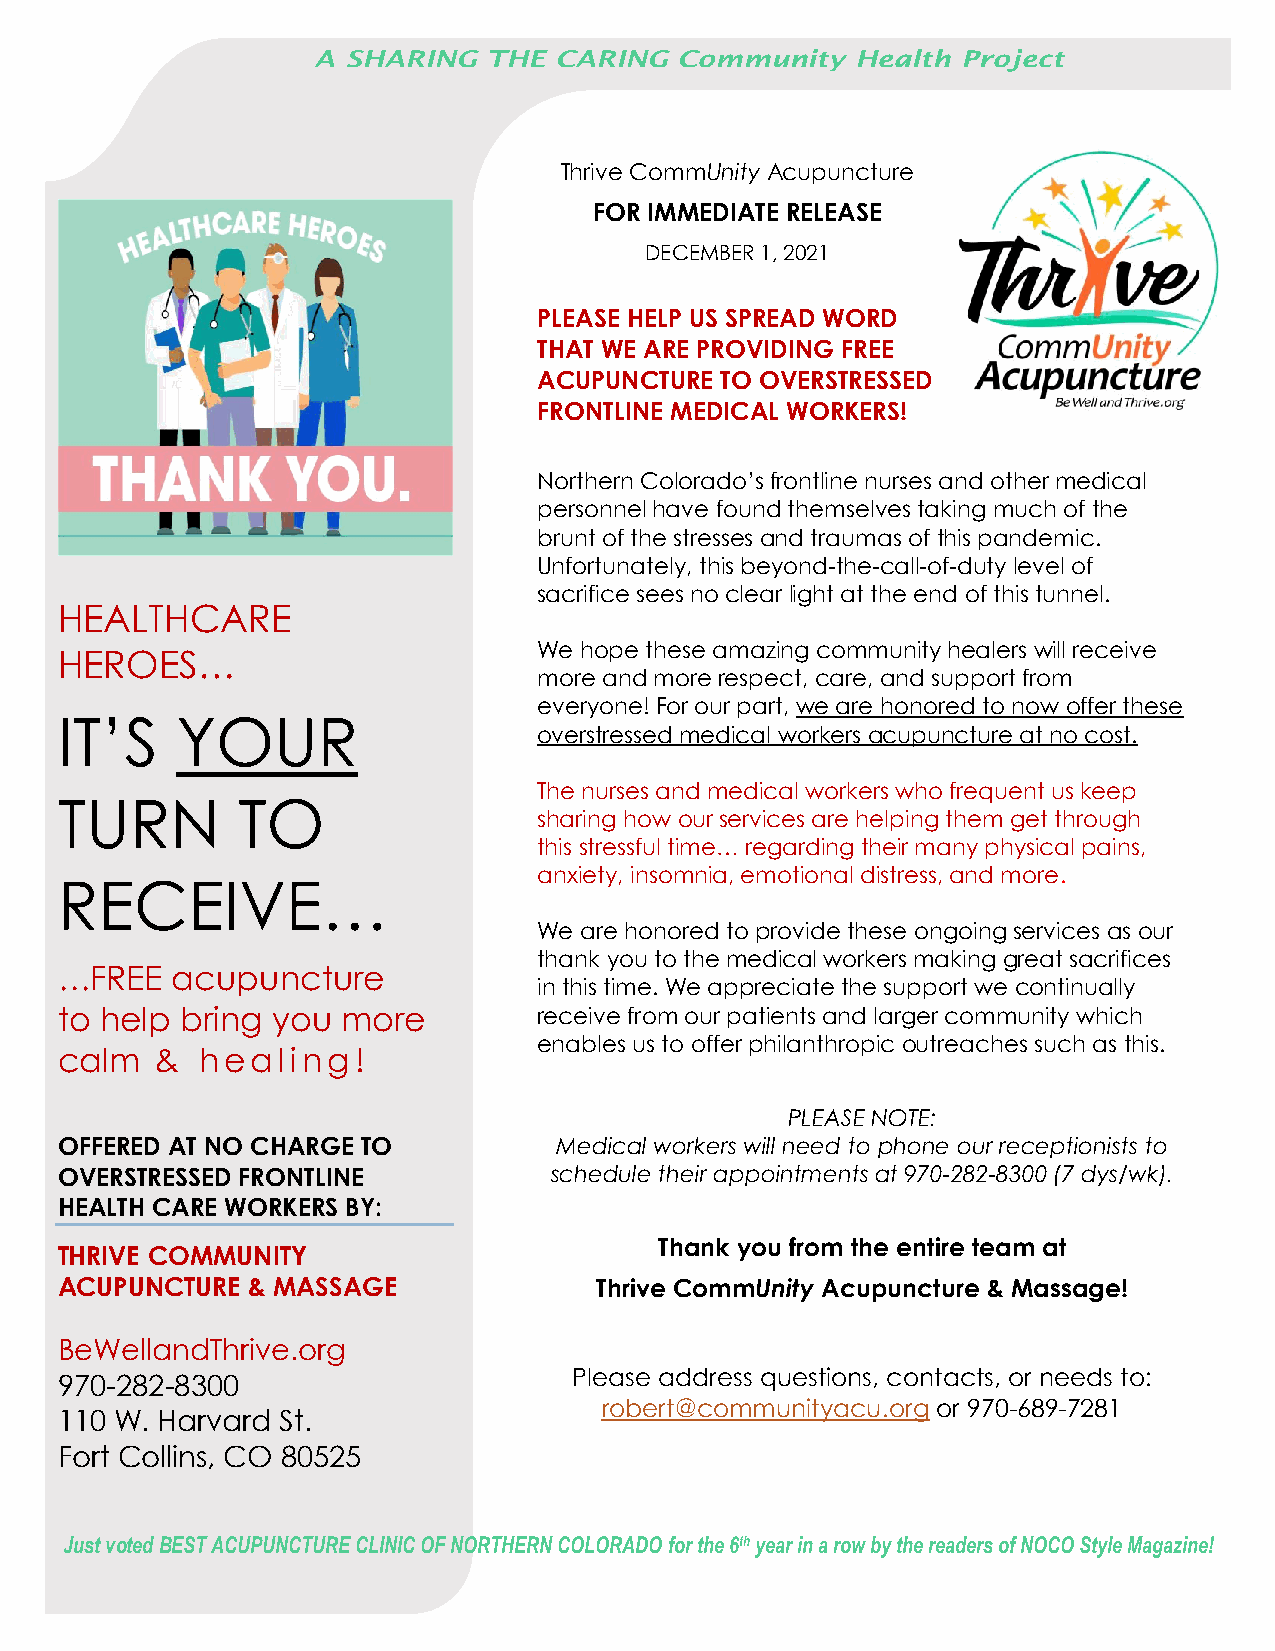
A SHARING  THE  CARING  C ommunity  Health Project
 Thrive CommUnity Acupuncture
 FOR IMMEDIATE RELEASE
 DECEMBER 1, 2021
 PLEASE HELP US SPREAD WORD
 THAT WE ARE PROVIDING FREE
 ACUPUNCTURE TO OVERSTRESSED
 FRONTLINE MEDICAL WORKERS!
 Northern Colorado’s frontline nurses and other medical
 personnel have found themselves taking much of the
 brunt of the stresses and traumas of this pandemic.
 Unfortunately, this beyond-the-call-of-duty level of
 sacrifice sees no clear light at the end of this tunnel.
 HEALTHCARE
 We hope these amazing community healers will receive
 HEROES…
 more and more respect, care, and support from
 everyone! For our part, we are honored to now offer these
 IT’S    YOUR
 overstressed medical workers acupuncture at no cost.
 The nurses and medical workers who frequent us keep
 TURN        TO
 sharing how our services are helping them get through
 this stressful time… regarding their many physical pains,
 anxiety, insomnia, emotional distress, and more.
 RECEIVE…
 We are honored to provide these ongoing services as our
 thank you to the medical workers making great sacrifices
 …FREE  acupuncture
 in this time. We appreciate the support we continually
 to help bring you  more         receive from our patients and larger community which
 enables us to offer philanthropic outreaches such as this.
 calm  &  healing!
 PLEASE NOTE:
 OFFERED AT NO CHARGE TO          Medical workers will need to phone our receptionists to
 OVERSTRESSED FRONTLINE          schedule their appointments at 970-282-8300 (7 dys/wk).
 HEALTH CARE WORKERS BY:
 Thank you from the entire team at
 THRIVE COMMUNITY
 ACUPUNCTURE & MASSAGE              Thrive CommUnity Acupuncture & Massage!
 BeWellandThrive.org
 970-282-8300                      Please address questions, contacts, or needs to:
 robert@communityacu.org or 970-689-7281
 110 W. Harvard St.
 Fort Collins, CO 80525
 Ju st voted BEST ACUPUNCTURE CLINIC OF NORTHERN COLORADO for the 6th year in a row by the readers of NOCO Style Magazine!